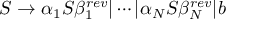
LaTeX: S \to \alpha _ { 1 } S \beta _ { 1 } ^ { r e v } | \cdots | \alpha _ { N } S \beta _ { N } ^ { r e v } | b